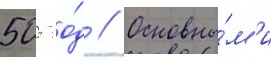
505 го́д // Основны́м'и